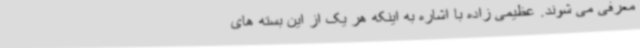
معرفی می شوند. عظیمی زاده با اشاره به اینکه هر یک از این بسته های